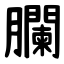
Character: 䑌